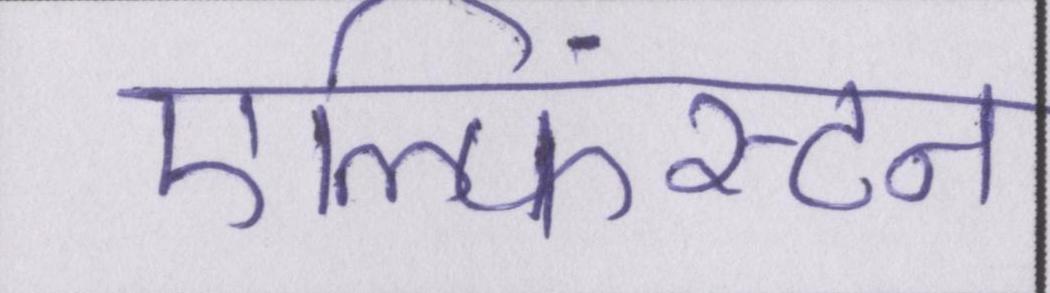
एल्फिंस्टन